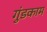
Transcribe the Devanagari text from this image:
गुंडकाम